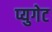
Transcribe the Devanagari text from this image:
प्युगेट